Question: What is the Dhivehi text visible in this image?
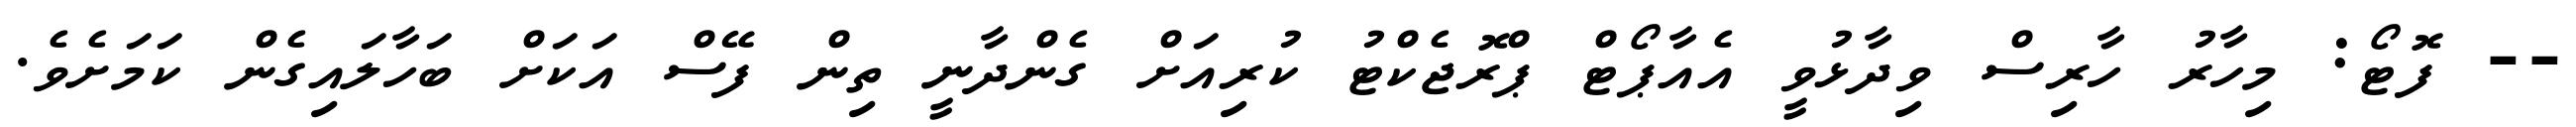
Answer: -- ފޮޓޯ: މިހާރު ހާރިސް ވިދާޅުވީ އެއާޕޯޓް ޕްރޮޖެކްޓު ކުރިއަށް ގެންދާނީ ތިން ފޭސް އަކަށް ބަހާލައިގެން ކަމަށެވެ.